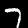
Label: 7